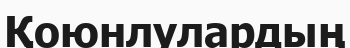
Қоюнлулардың